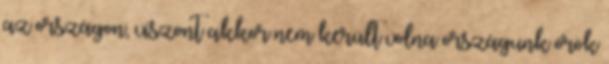
az országon, viszont akkor nem került volna országunk örök